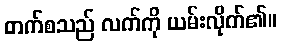
တက်စသည် လက်ကို ယမ်းလိုက်၏။